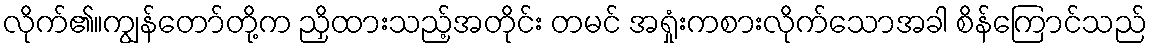
လိုက်၏။ကျွန်တော်တို့က ညှိထားသည့်အတိုင်း တမင် အရှုံးကစားလိုက်သောအခါ စိန်ကြောင်သည်